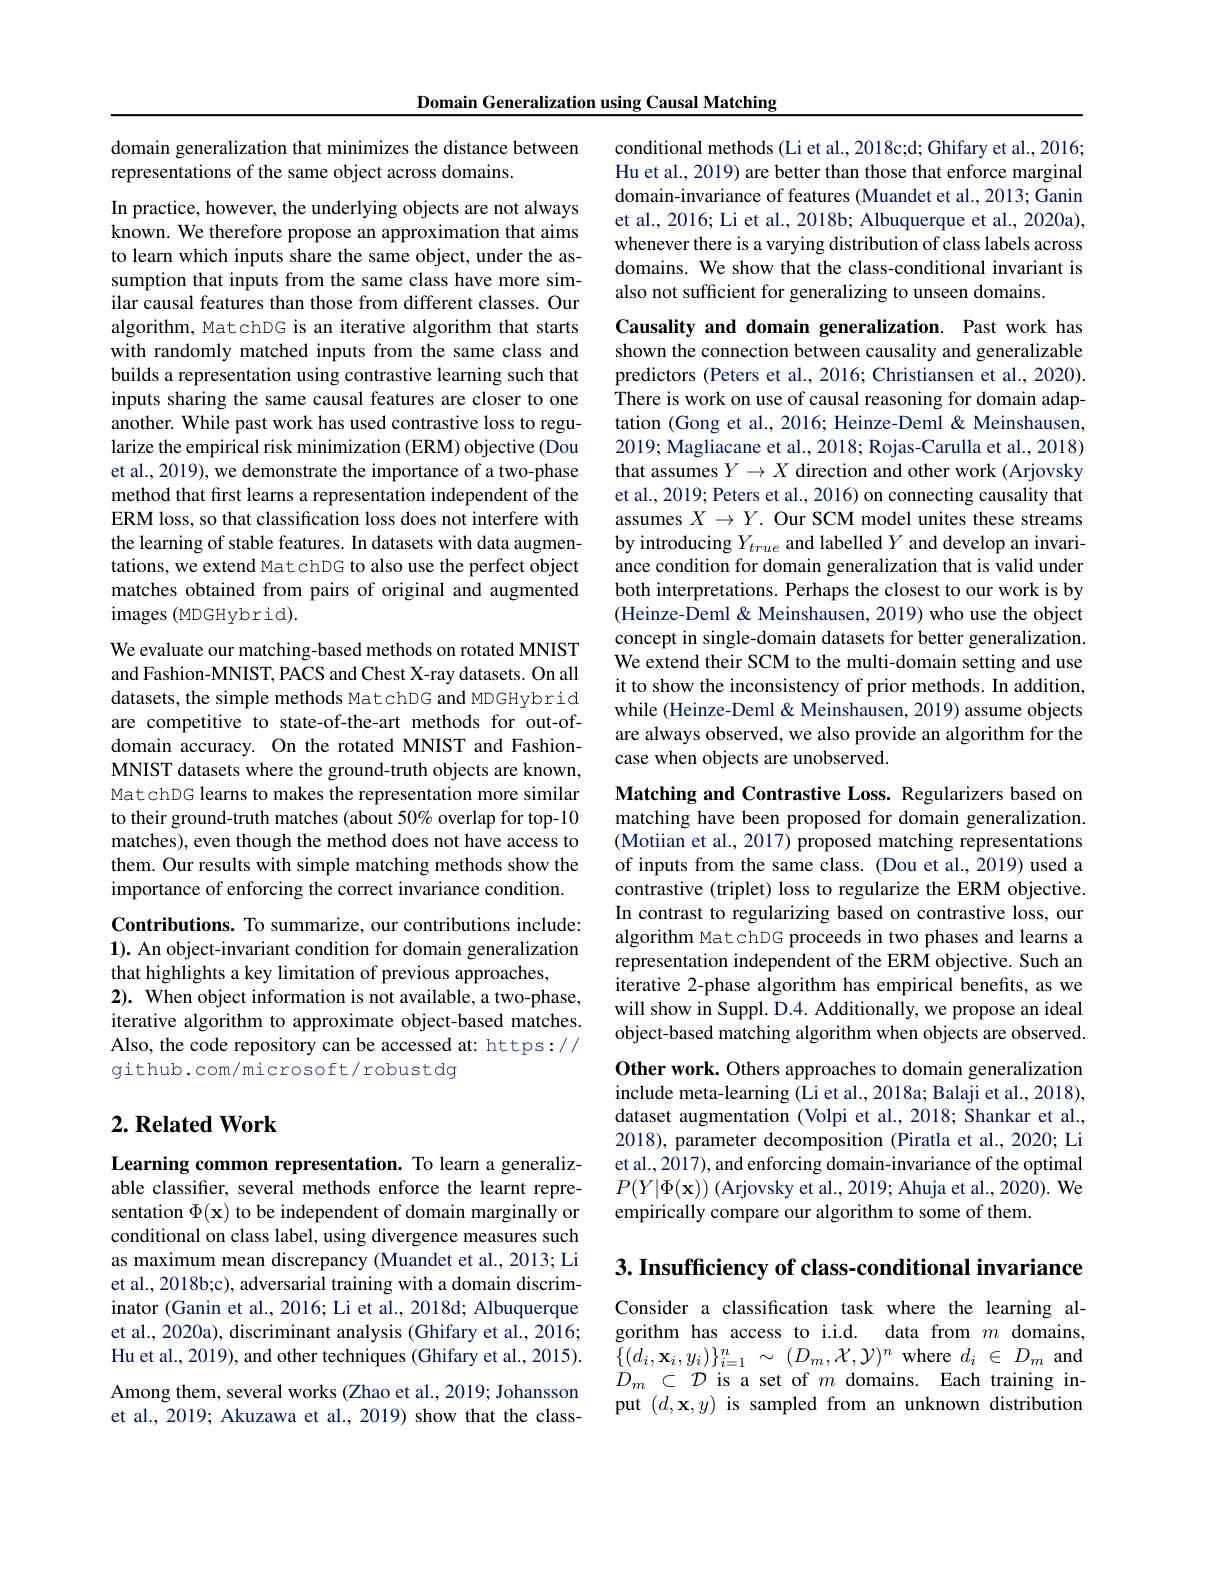
Domain Generalization using Causal Matching

domain generalization that minimizes the distance between
representations of the same object across domains.

In practice, however, the underlying objects are not always known. We therefore propose an approximation that aims to learn which inputs share the same object, under the assumption that inputs from the same class have more similar causal features than those from different classes. Our algorithm, MatchDG is an iterative algorithm that starts with randomly matched inputs from the same class and builds a representation using contrastive learning such that inputs sharing the same causal features are closer to one another. While past work has used contrastive loss to regularize the empirical risk minimization (ERM) objective (Dou et al., 2019), we demonstrate the importance of a two-phase method that first learns a representation independent of the ERM loss, so that classification loss does not interfere with the learning of stable features. In datasets with data augmentations, we extend Mat chDG to also use the perfect object matches obtained from pairs of original and augmented images (MDGHybrid).

We evaluate our matching-based methods on rotated MNIST and Fashion-MNIST, PACS and Chest X-ray datasets. On all datasets, the simple methods MatchDG and MDGHybrid are competitive to state-of-the-art methods for out-ofdomain accuracy. On the rotated MNIST and FashionMNIST datasets where the ground-truth objects are known, MatchDG learns to makes the representation more similar to their ground-truth matches (about 50% overlap for top-10 matches), even though the method does not have access to them. Our results with simple matching methods show the importance of enforcing the correct invariance condition.

Contributions. To summarize, our contributions include: $\mathbf{1}).$ An object-invariant condition for domain generalization that highlights a key limitation of previous approaches,
2). When object information is not available, a two-phase, iterative algorithm to approximate object-based matches. Also, the code repository can be accessed at: https:// github. com/microsoft/robustdg

## $2. \textbf{Related Work}$

Learning common representation. To learn a generalizable classifier, several methods enforce the learnt representation $\Phi(\mathbf{x})$ to be independent of domain marginally or conditional on class label, using divergence measures such as maximum mean discrepancy (Muandet et al., 2013; Li et al., 2018b;c), adversarial training with a domain discriminator (Ganin et al., 2016; Li et al., 2018d; Albuquerque et al., 2020a), discriminant analysis (Ghifary et al., 2016; Hu et al., 2019), and other techniques (Ghifary et al., 2015). Among them, several works (Zhao et al., 2019; Johansson et al., 2019; Akuzawa et al., 2019) show that the class-

conditional methods (Li et al., 2018c;d; Ghifary et al., 2016; Hu et al., 2019) are better than those that enforce marginal domain-invariance of features (Muandet et al., 2013; Ganin et al., 2016; Li et al., 2018b; Albuquerque et al., 2020a), whenever there is a varying distribution of class labels across domains. We show that the class-conditional invariant is also not sufficient for generalizing to unseen domains.

Causality and domain generalization. Past work has shown the connection between causality and generalizable predictors (Peters et al., 2016; Christiansen et al., 2020). There is work on use of causal reasoning for domain adaptation (Gong et al., 2016; Heinze-Deml& Meinshausen, 2019; Magliacane et al., 2018; Rojas-Carulla et al., 2018) that assumes $Y\to X$ direction and other work (Arjovsky et al., 2019; Peters et al., 2016) on connecting causality that assumes $X\to Y.$ Our SCM model unites these streams by introducing $Y_{true}$ and labelled $Y$ and develop an invariance condition for domain generalization that is valid under both interpretations. Perhaps the closest to our work is by (Heinze-Deml & Meinshausen, 2019) who use the object concept in single-domain datasets for better generalization. We extend their SCM to the multi-domain setting and use it to show the inconsistency of prior methods. In addition, while (Heinze-Deml & Meinshausen, 2019) assume objects are always observed, we also provide an algorithm for the case when objects are unobserved.

Matching and Contrastive Loss. Regularizers based on matching have been proposed for domain generalization. (Motiian et al., 2017) proposed matching representations of inputs from the same class. (Dou et al.,2019) used a contrastive (triplet) loss to regularize the ERM objective. In contrast to regularizing based on contrastive loss, our algorithm MatchDG proceeds in two phases and learns a representation independent of the ERM objective. Such an iterative 2-phase algorithm has empirical benefits, as we will show in Suppl. D.4. Additionally, we propose an ideal object-based matching algorithm when objects are observed. Other work. Others approaches to domain generalization include meta-learning (Li et al., 2018a; Balaji et al., 2018), dataset augmentation (Volpi et al., 2018; Shankar et al., 2018), parameter decomposition (Piratla et al., 2020; Li et al., 2017), and enforcing domain-invariance of the optimal $P(Y|\Phi(\mathbf{x}))$ (Arjovsky et al., 2019; Ahuja et al., 2020). We empirically compare our algorithm to some of them.

$3. \textbf{ Insufficiency of class- conditional invariance}$

Consider a classification task where the learning algorithm has access to i.i.d. data from $m$ domains, $\{(d_{i},\mathbf{x}_{i},y_{i})\}_{i=1}^{n}~\sim~(D_{m},\mathcal{X},\mathcal{Y})^{n}~$where $d_{i}~\in~D_{m}~$and $D_m~\subset~\mathcal{D}~$is a set of $m~$domains. Each training input $(d,\mathbf{x},y)$ is sampled from an unknown distribution